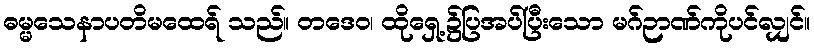
ဓမ္မသေနာပတိမထေရ် သည်။ တဒေဝ၊ ထိုရှေ့၌ပြအပ်ပြီးသော မဂ်ဉာဏ်ကိုပင်လျှင်။